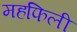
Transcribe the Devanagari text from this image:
महफिली